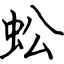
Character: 蚣